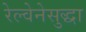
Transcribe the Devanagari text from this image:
रेल्वेनेसुद्धा